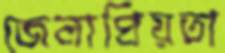
জেলাপ্রিয়তা